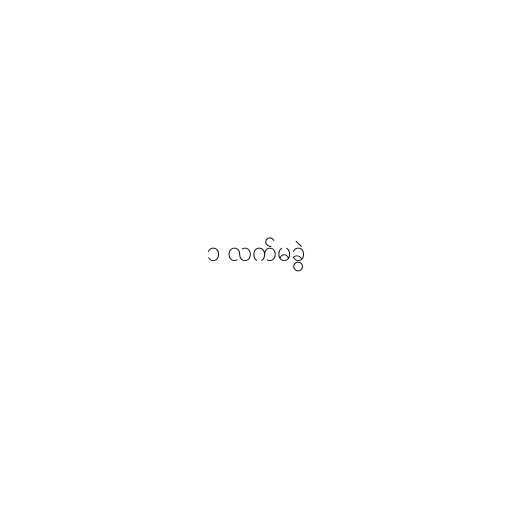
၁ လက်မခွဲ